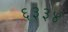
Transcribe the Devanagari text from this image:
६३३४